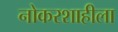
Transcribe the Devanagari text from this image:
नोकरशाहीला